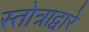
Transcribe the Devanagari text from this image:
स्तोत्राद्वारे